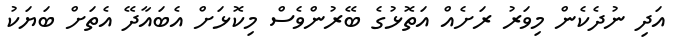
އަދި ނުދެކެން މިވަރު ރަށެއް އަތޮޅުގެ ބޭރުންވެސް މިކޮޅަށް އެބައާދޭ އެތަށް ބަޔަކު